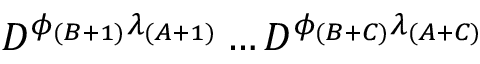
D ^ { \phi _ { ( B + 1 ) } \lambda _ { ( A + 1 ) } } \dots D ^ { \phi _ { ( B + C ) } \lambda _ { ( A + C ) } }